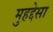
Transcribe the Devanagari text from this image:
मुहद्देसा